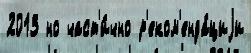
2013 но част'и́чно р'еком'енда́циjи